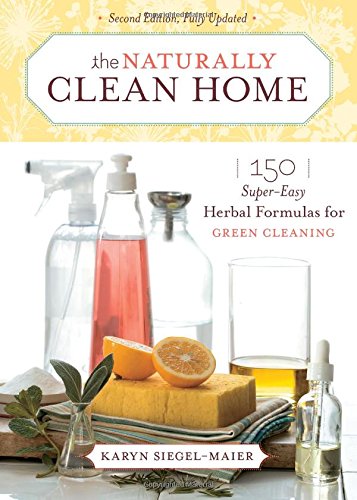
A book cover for The Naturally Clean Home: 150 Super-Easy Herbal Formulas for Green Cleaning; Karyn Siegel-Maier; Crafts, Hobbies & Home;